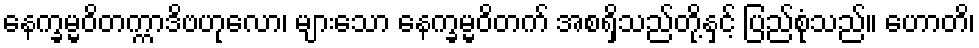
နေက္ခမ္မဝိတက္ကာဒိဗဟုလော၊ များသော နေက္ခမ္မဝိတက် အစရှိသည်တို့နှင့် ပြည်စုံသည်။ ဟောတိ၊